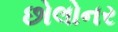
છોલોનર